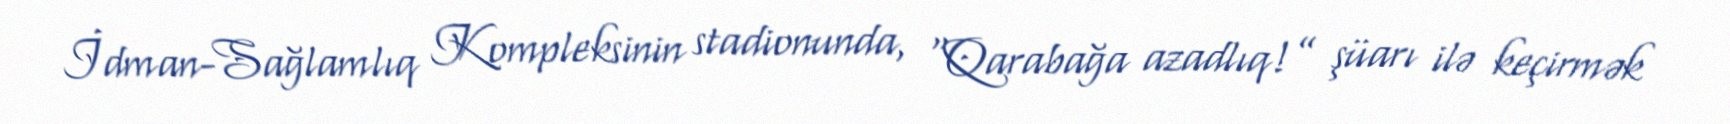
İdman-Sağlamlıq Kompleksinin stadionunda, “Qarabağa azadlıq!” şüarı ilə keçirmək